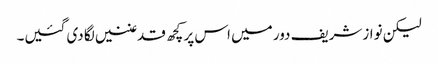
لیکن نوازشریف دور میں اس پر کچھ قدغنیں لگا دی گئیں۔